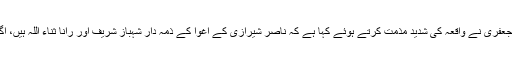
دوسری طرف ایم ڈبلیو ایم کے مرکزی سیکرٹری جنرل علامہ راجہ ناصر عباس جعفری نے واقعہ کی شدید مذمت کرتے ہوئے کہا ہے کہ ناصر شیرازی کے اغوا کے ذمہ دار شہباز شریف اور رانا ثناء اللہ ہیں، اگر انہیں کسی بھی قسم کا نقصان پہنچا تو حالات کی ذمہ دار پنجاب حکومت ہوگی۔